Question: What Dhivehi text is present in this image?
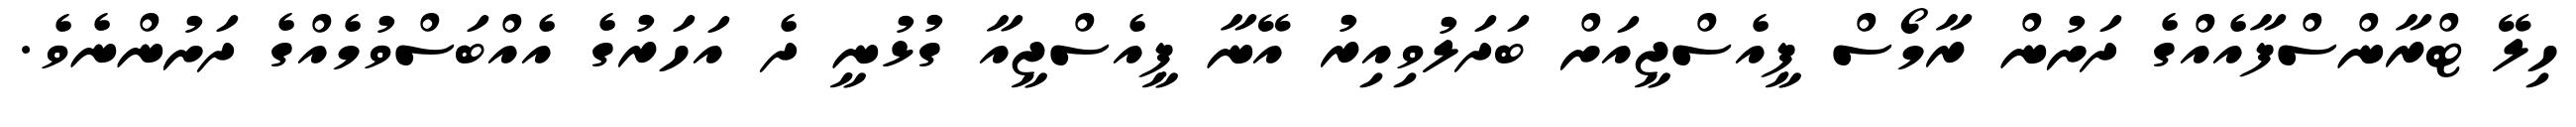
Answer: ހިލޭ ޓްރާންސްފާއެއްގެ ދަށުން ރާމޯސް ޕީއެސްޖީއަށް ބަދަލުވިއިރު އޭނާ ޕީއެސްޖީއާ ގުޅުނީ ދެ އަހަރުގެ އެއްބަސްވުމެއްގެ ދަށުންނެވެ.